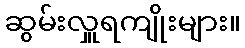
ဆွမ်းလှူရကျိုးများ။